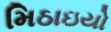
મિઠાઇયો